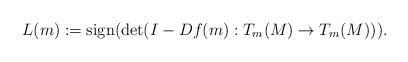
LaTeX: \begin{align*}L(m):={\rm sign}( {\rm det} (I-Df(m): T_m(M) \rightarrow T_m(M))).\end{align*}